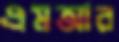
এমআর